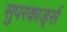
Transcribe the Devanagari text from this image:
सुपरकार्ड्स